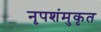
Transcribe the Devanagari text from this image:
नृपशंमुकृत